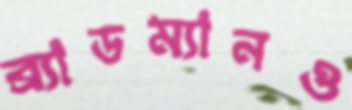
ব্র্যাডম্যানও